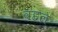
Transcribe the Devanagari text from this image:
वहल